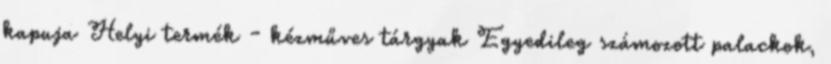
kapuja Helyi termék - kézműves tárgyak Egyedileg számozott palackok,